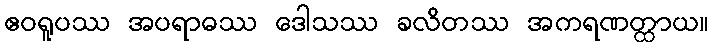
ဧဝရူပဿ အပရာဓဿ ဒေါသဿ ခလိတဿ အကရဏတ္ထာယ။